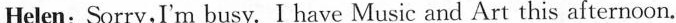
Helen: Sorry,I'm busy. I have Music and Art this afternoon.